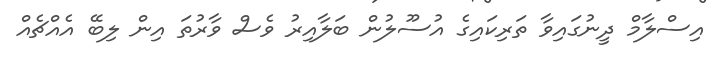
އިސްލާމް ދީނުގައިވާ ތަރިކައިގެ އުސޫލުން ބަލާއިރު ވެސް ވާރުތަ އިން ލިބޭ އެއްޗެއް